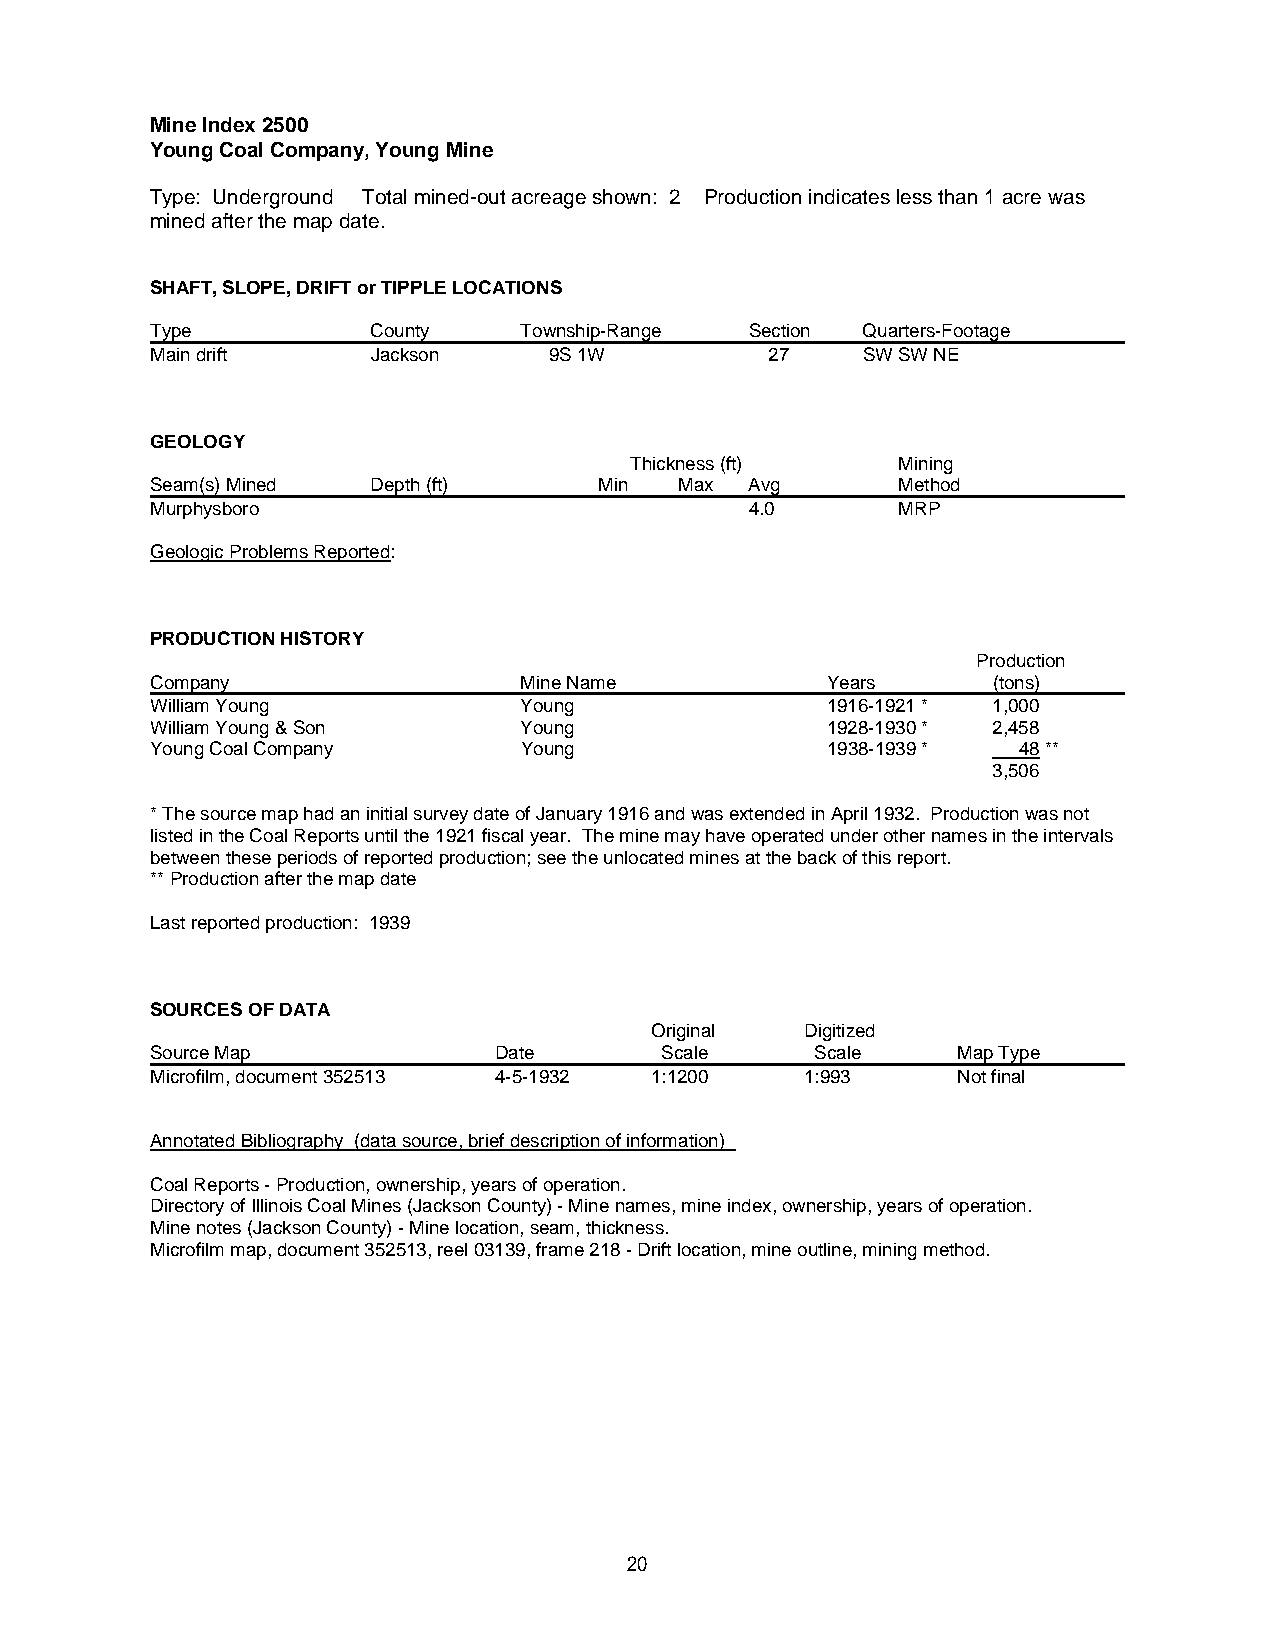
Mine Index 2500
 Young Coal Company, Young Mine
 Type: Underground Total mined-out acreage shown: 2 Production indicates less than 1 acre was
 mined after the map date.
 SHAFT, SLOPE, DRIFT or TIPPLE LOCATIONS
 Type           County   Township-Range  Section Quarters-Footage
 Main drift     Jackson    9S 1W          27    SW SW NE
 GEOLOGY
 Thickness (ft)   Mining
 Seam(s) Mined  Depth (ft)     Min  Max  Avg      Method
 Murphysboro                             4.0      MRP
 Geologic Problems Reported:
 PRODUCTION HISTORY
 Production
 Company                 Mine Name            Years      (tons)
 William Young           Young                1916-1921 * 1,000
 William Young & Son     Young                1928-1930 * 2,458
 Young Coal Company      Young                1938-1939 * 48 **
 3,506
 * The source map had an initial survey date of January 1916 and was extended in April 1932. Production was not
 listed in the Coal Reports until the 1921 fiscal year. The mine may have operated under other names in the intervals
 between these periods of reported production; see the unlocated mines at the back of this report.
 ** Production after the map date
 Last reported production: 1939
 SOURCES OF DATA
 Original  Digitized
 Source Map             Date       Scale     Scale    Map Type
 Microfilm, document 352513 4-5-1932 1:1200 1:993     Not final
 Annotated Bibliography (data source, brief description of information)
 Coal Reports - Production, ownership, years of operation.
 Directory of Illinois Coal Mines (Jackson County) - Mine names, mine index, ownership, years of operation.
 Mine notes (Jackson County) - Mine location, seam, thickness.
 Microfilm map, document 352513, reel 03139, frame 218 - Drift location, mine outline, mining method.
 20